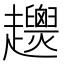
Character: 𧾴